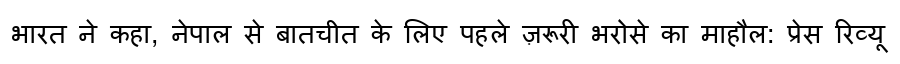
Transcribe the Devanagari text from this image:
भारत ने कहा, नेपाल से बातचीत के लिए पहले ज़रूरी भरोसे का माहौल: प्रेस रिव्यू